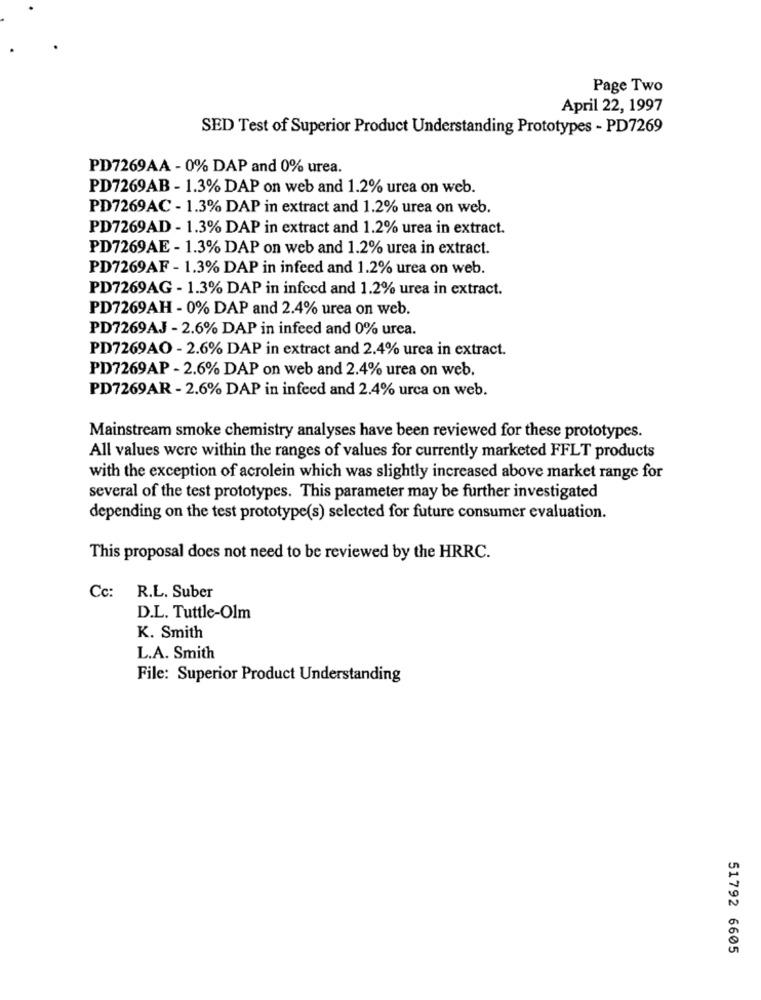
Page Two
April 22, 1997
SED Test of Superior Product Understanding Prototypes - PD7269
PD7269AA - 0% DAP and 0% urea.
PD7269AB - 1.3% DAP on web and 1.2% urea on web.
PD7269AC - 1.3% DAP in extract and 1.2% urea on web.
PD7269AD - 1.3% DAP in extract and 1.2% urea in extract.
PD7269AE - 1.3% DAP on web and 1.2% urea in extract.
PD7269AF - 1.3% DAP in infeed and 1.2% urea on web.
PD7269AG - 1.3% DAP in infecd and 1.2% urea in extract.
PD7269AH - 0% DAP and 2.4% urea on web.
PD7269AJ - 2.6% DAP in infeed and 0% urea.
PD7269AO - 2.6% DAP in extract and 2.4% urea in extract.
PD7269AP - 2.6% DAP on web and 2.4% urea on web.
PD7269AR - 2.6% DAP in infeed and 2.4% urca on web.
Mainstream smoke chemistry analyses have been reviewed for these prototypes.
All values were within the ranges of values for currently marketed FFLT products
with the exception of acrolein which was slightly increased above market range for
several of the test prototypes. This parameter may be further investigated
depending on the test prototype(s) selected for future consumer evaluation.
This proposal does not need to be reviewed by the HRRC.
Cc: R.L. Suber
D.L. Tuttle-Olm
K. Smith
L.A. Smith
File: Superior Product Understanding
51792 6605